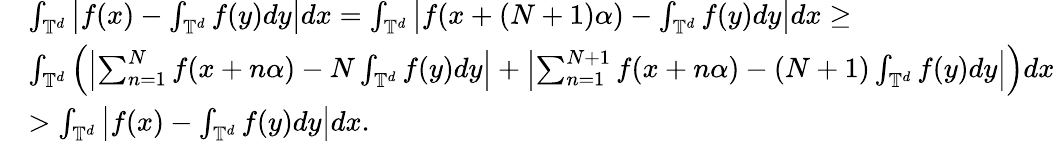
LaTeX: \begin{array}{rl}&{\int_{\mathbb{T}^{d}}\left|f(x)-\int_{\mathbb{T}^{d}}f(y)dy\right|dx=\int_{\mathbb{T}^{d}}\left|f(x+(N+1)\alpha)-\int_{\mathbb{T}^{d}}f(y)dy\right|dx\geq}\\ &{\int_{\mathbb{T}^{d}}\left(\left|\sum_{n=1}^{N}f(x+n\alpha)-N\int_{\mathbb{T}^{d}}f(y)dy\right|+\left|\sum_{n=1}^{N+1}f(x+n\alpha)-(N+1)\int_{\mathbb{T}^{d}}f(y)dy\right|\right)dx}\\ &{>\int_{\mathbb{T}^{d}}\left|f(x)-\int_{\mathbb{T}^{d}}f(y)dy\right|dx.}\end{array}